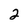
Character: 2